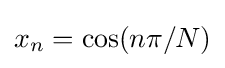
x_{n}=\cos(n\pi /N)